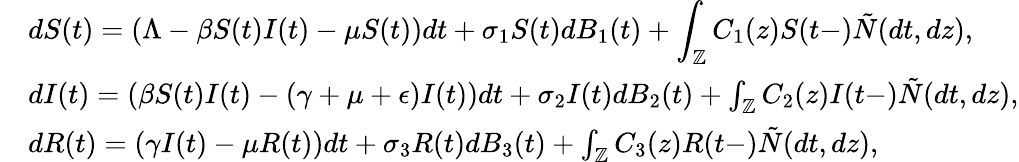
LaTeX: \begin{array}{rl}&{\displaystyle{dS(t)}=(\Lambda-\beta S(t)I(t)-\mu S(t))dt+\sigma_{1}S(t)dB_{1}(t)+\int_{\mathbb{Z}}C_{1}(z)S(t-)\tilde{N}(dt,dz),}\\ &{{dI(t)}=(\beta S(t)I(t)-(\gamma+\mu+\epsilon)I(t))dt+\sigma_{2}I(t)dB_{2}(t)+\int_{\mathbb{Z}}C_{2}(z)I(t-)\tilde{N}(dt,dz),}\\ &{{dR(t)}=(\gamma I(t)-\mu R(t))dt+\sigma_{3}R(t)dB_{3}(t)+\int_{\mathbb{Z}}C_{3}(z)R(t-)\tilde{N}(dt,dz),}\end{array}